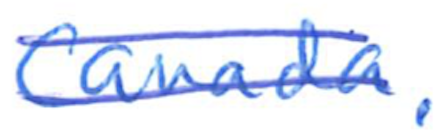
Text: Canada.
Cross-out: double-line
Writing tool: ballpoint